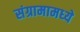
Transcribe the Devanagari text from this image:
संग्रामामध्‍ये